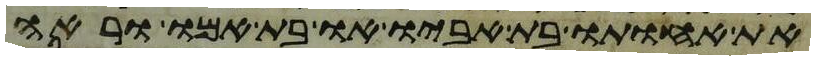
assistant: את אחותו בת אביו או בת אמו וראה